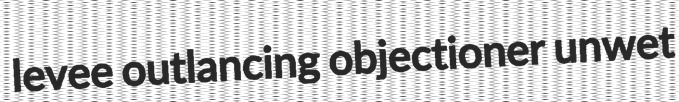
levee outlancing objectioner unwet